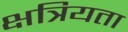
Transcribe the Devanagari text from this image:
क्षत्रियता